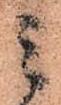
ミ